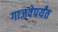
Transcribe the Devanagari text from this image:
गाजवेपर्यंत